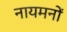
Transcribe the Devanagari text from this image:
नायमनों